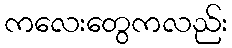
ကလေးတွေကလည်း